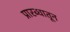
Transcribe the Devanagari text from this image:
प्रारब्धातून